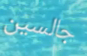
جالسين